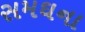
સમઘના